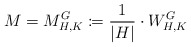
\begin{align*}M = M_{H,K}^G \coloneqq \frac{1}{|H|} \cdot W_{H,K}^G\end{align*}